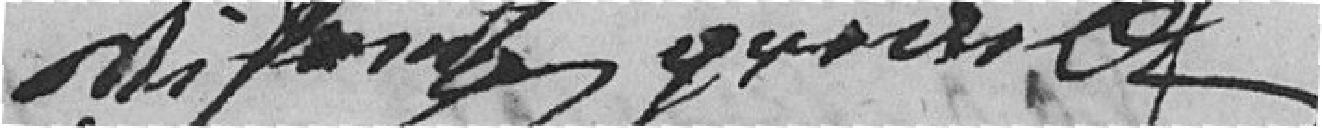
MIFAN... GY....